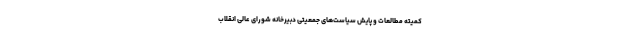
کمیته مطالعات و پایش سیاست‌های جمعیتی دبیرخانه شورای عالی انقلاب